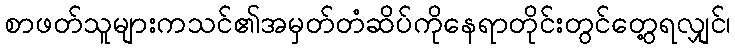
စာဖတ်သူများကသင်၏အမှတ်တံဆိပ်ကိုနေရာတိုင်းတွင်တွေ့ရလျှင်၊